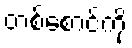
တစ်စောင်ကို